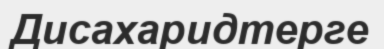
Дисахаридтерге